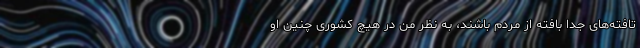
تافته‌های جدا بافته از مردم باشند، به نظر من در هیچ کشوری چنین او